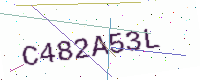
Text: C482A53L